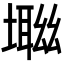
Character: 𡑜